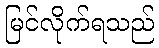
မြင်လိုက်ရသည်